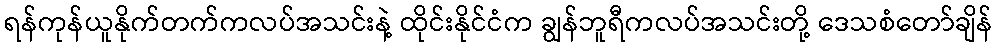
ရန်ကုန်ယူနိုက်တက်ကလပ်အသင်းနဲ့ ထိုင်းနိုင်ငံက ချွန်ဘူရီကလပ်အသင်းတို့ ဒေသစံတော်ချိန်